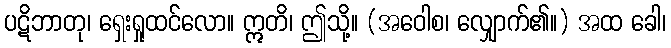
ပဋိဘာတု၊ ရှေးရှုထင်လော။ ဣတိ၊ ဤသို့။ (အဝေါစ၊ လျှောက်၏။) အထ ခေါ၊